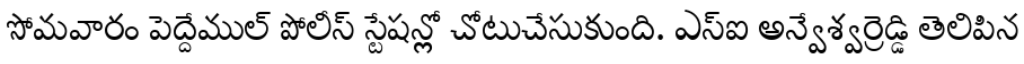
సోమవారం పెద్దేముల్ పోలీస్ స్టేషన్లో చోటుచేసుకుంది. ఎస్ఐ అన్వేశ్వర్రెడ్డి తెలిపిన